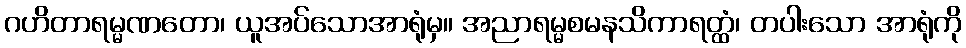
ဂဟိတာရမ္မဏတော၊ ယူအပ်သောအာရုံမှ။ အညာရမ္မစမနသိကာရတ္ထံ၊ တပါးသော အာရုံကို